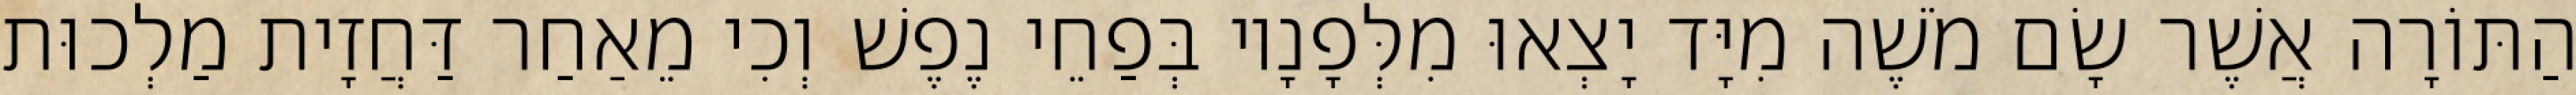
הַתּוֹרָה אֲשֶׁר שָׂם מֹשֶׁה מִיָּד יָצְאוּ מִלְּפָנָיו בְּפַחֵי נֶפֶשׁ וְכִי מֵאַחַר דַּחֲזָית מַלְכוּת